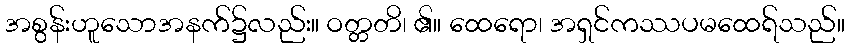
အစွန်းဟူသောအနက်၌လည်း။ ဝတ္တတိ၊ ၏။ ထေရော၊ အရှင်ကဿပမထေရ်သည်။